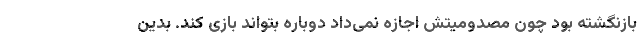
بازنگشته بود چون مصدومیتش اجازه نمی‌داد دوباره بتواند بازی کند. بدین